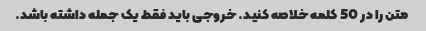
متن را در 50 کلمه خلاصه کنید. خروجی باید فقط یک جمله داشته باشد.